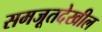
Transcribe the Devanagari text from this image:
समजूतदेखील